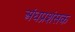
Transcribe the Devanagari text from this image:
अंधप्रशंसक